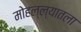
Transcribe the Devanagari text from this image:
मोहल्ल्यातला